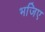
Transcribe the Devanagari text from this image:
भजिए